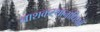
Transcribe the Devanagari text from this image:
नाशकस्थानाधिपती